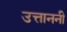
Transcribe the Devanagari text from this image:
उत्ताननी